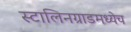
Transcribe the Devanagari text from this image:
स्टालिनग्राडमध्येच